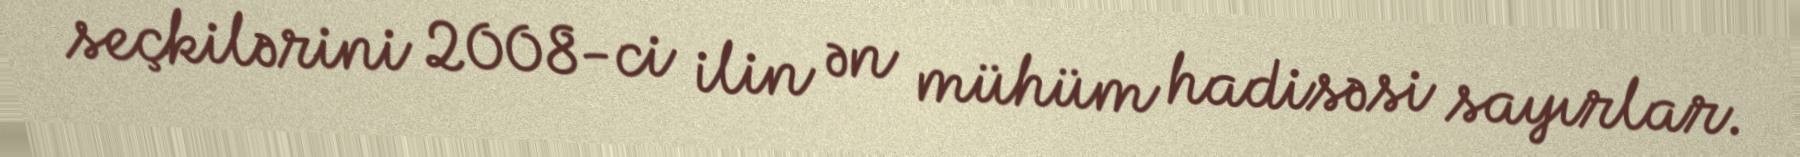
seçkilərini 2008-ci ilin ən mühüm hadisəsi sayırlar.